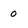
Character: 0